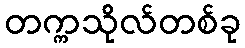
တက္ကသိုလ်တစ်ခု